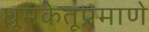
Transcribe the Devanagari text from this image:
धूमकेतूप्रमाणे